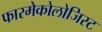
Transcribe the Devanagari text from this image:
फारमेकोलोजिस्ट